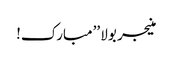
منیجر بولا ’’مبارک!